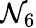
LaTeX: \mathcal{N}_{6}